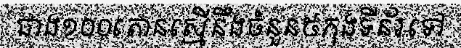
ជាង១០០តោនស្មើនឹងចំនួន៥កុងទីន័រទៅ